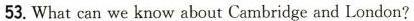
53. What can we know about Cambridge and London?